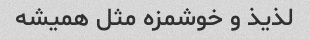
لذیذ و خوشمزه مثل همیشه